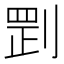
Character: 㓻